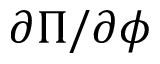
\partial \Pi / \partial \phi